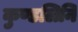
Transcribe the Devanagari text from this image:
कुण्डलिनि